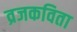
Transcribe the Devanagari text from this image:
व्रजकविता